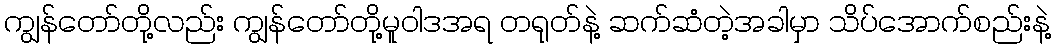
ကျွန်တော်တို့လည်း ကျွန်တော်တို့မူဝါဒအရ တရုတ်နဲ့ ဆက်ဆံတဲ့အခါမှာ သိပ်အောက်စည်းနဲ့